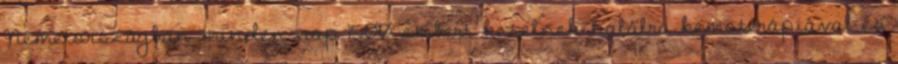
Németországban minden nap 1500 embert kezelnek halálra kemoterápiával és